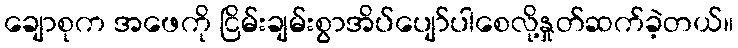
ချောစုက အဖေကို ငြိမ်းချမ်းစွာအိပ်ပျော်ပါစေလို့နှုတ်ဆက်ခဲ့တယ်။